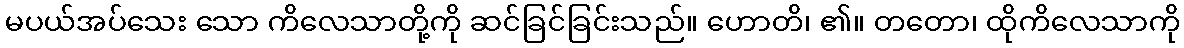
မပယ်အပ်သေး သော ကိလေသာတို့ကို ဆင်ခြင်ခြင်းသည်။ ဟောတိ၊ ၏။ တတော၊ ထိုကိလေသာကို